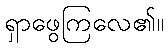
ရှာဖွေကြလေ၏။